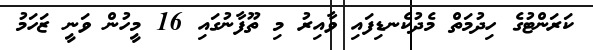
ކަރަންޓުގެ ހިދުމަތް މެދުކެނޑިފައި ވާއިރު މި ތޫފާނުގައި 16 މީހުން ވަނީ ޒަހަމު